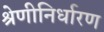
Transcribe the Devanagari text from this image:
श्रेणीनिर्धारण